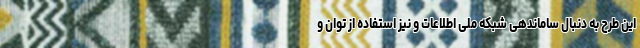
این طرح به دنبال ساماندهی شبکه ملی اطلاعات و نیز استفاده از توان و